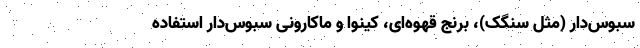
سبوس‌دار (مثل سنگک)، برنج قهوه‌ای، کینوا و ماکارونی سبوس‌دار استفاده